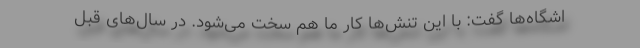
اشگاه‌ها گفت:‌ با این تنش‌ها کار ما هم سخت می‌شود. در سال‌های قبل